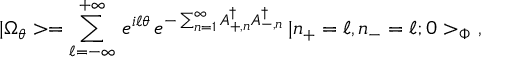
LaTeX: | \Omega _ { \theta } > = \sum _ { \ell = - \infty } ^ { + \infty } \, e ^ { i \ell \theta } \, e ^ { - \sum _ { n = 1 } ^ { \infty } A _ { + , n } ^ { \dagger } A _ { - , n } ^ { \dagger } } \, | n _ { + } = \ell , n _ { - } = \ell ; 0 > _ { \Phi } \ ,